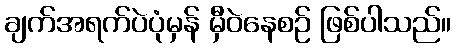
ချက်အရက်ပဲပုံမှန် မှီဝဲနေစဉ် ဖြစ်ပါသည်။